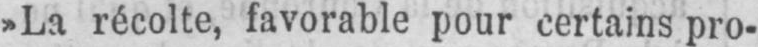
»La récolte, favorable pour certains pro-